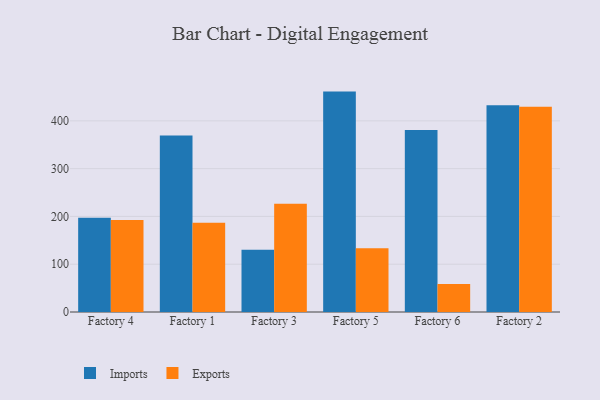
{"axis": {"x": "Factory", "y": "Gross Profit (USD K)"}, "legend": ["Exports", "Imports"], "data": [{"x": "Factory 4", "y": 197.3, "type": "Imports"}, {"x": "Factory 4", "y": 192.4, "type": "Exports"}, {"x": "Factory 1", "y": 369.4, "type": "Imports"}, {"x": "Factory 1", "y": 186.7, "type": "Exports"}, {"x": "Factory 3", "y": 130.3, "type": "Imports"}, {"x": "Factory 3", "y": 226.7, "type": "Exports"}, {"x": "Factory 5", "y": 461.2, "type": "Imports"}, {"x": "Factory 5", "y": 133.5, "type": "Exports"}, {"x": "Factory 6", "y": 381.1, "type": "Imports"}, {"x": "Factory 6", "y": 58.4, "type": "Exports"}, {"x": "Factory 2", "y": 432.5, "type": "Imports"}, {"x": "Factory 2", "y": 429.5, "type": "Exports"}]}